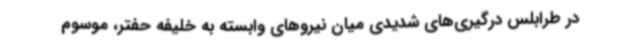
در طرابلس درگیری‌های شدیدی میان نیروهای وابسته به خلیفه حفتر، موسوم